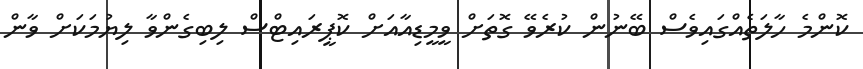
ކޮންމެ ހާލަތެއްގައިވެސް ބޭނުން ކުރެވޭ ގޮތަށް ވީމީޑިއާއަށް ކޮޕީރައިޓްސް ލިބިގެންވާ ލިޔުމަކަށް ވާން